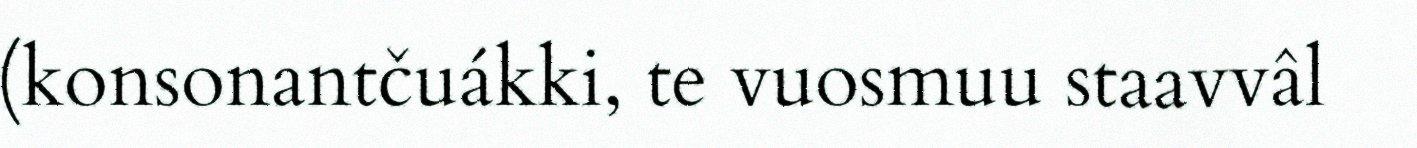
(konsonantčuákki, te vuosmuu staavvâl